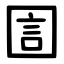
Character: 圁